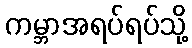
ကမ္ဘာအရပ်ရပ်သို့